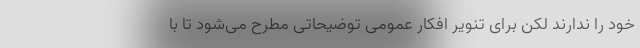
خود را ندارند لکن برای تنویر افکار عمومی توضیحاتی مطرح می‌شود تا با